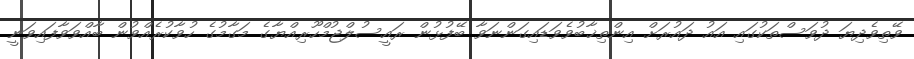
ވޭތިވެދިޔަ ދުވަސްތަކުގައި އައު ދައުރަށް އިންތިޚާބުވެވަޑައިގަންނަވާ ބޭފުޅުން ރައީސުލްޖުމްހޫރިއްޔާގެ މަގާމުގެ ހުވާކުރެއްވުން ބާއްވަވާފައިވަނީ